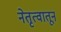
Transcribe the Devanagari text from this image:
नेतृत्वातून